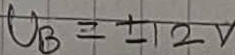
Text: UB=+12V